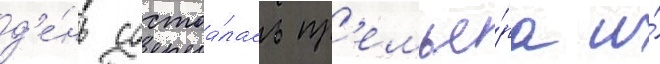
д'е́нь состоа́лась пр'емье́ра и́